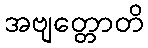
အဗျတ္တောတိ